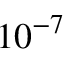
1 0 ^ { - 7 }